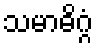
သမာဓိဂ္ဂံ